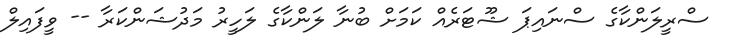
ސްރީލަންކާގެ ސްނައިޕަ ޝޫޓަރެއް ކަމަށް ބުނާ ލަންކާގެ ލަހީރު މަދުޝަންކަރާ -- ވީފައިލް